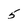
Character: 5